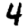
Digit: 4